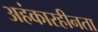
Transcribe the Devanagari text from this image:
अहंकारहीनता